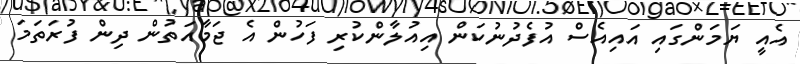
އެއީ ޔަމަންގައި އައިއެސް އުފެދުނުކަން އިއުލާންކުރި ފަހުން އެ ޖަމާއަތުން ދިން ފުރަތަމަ